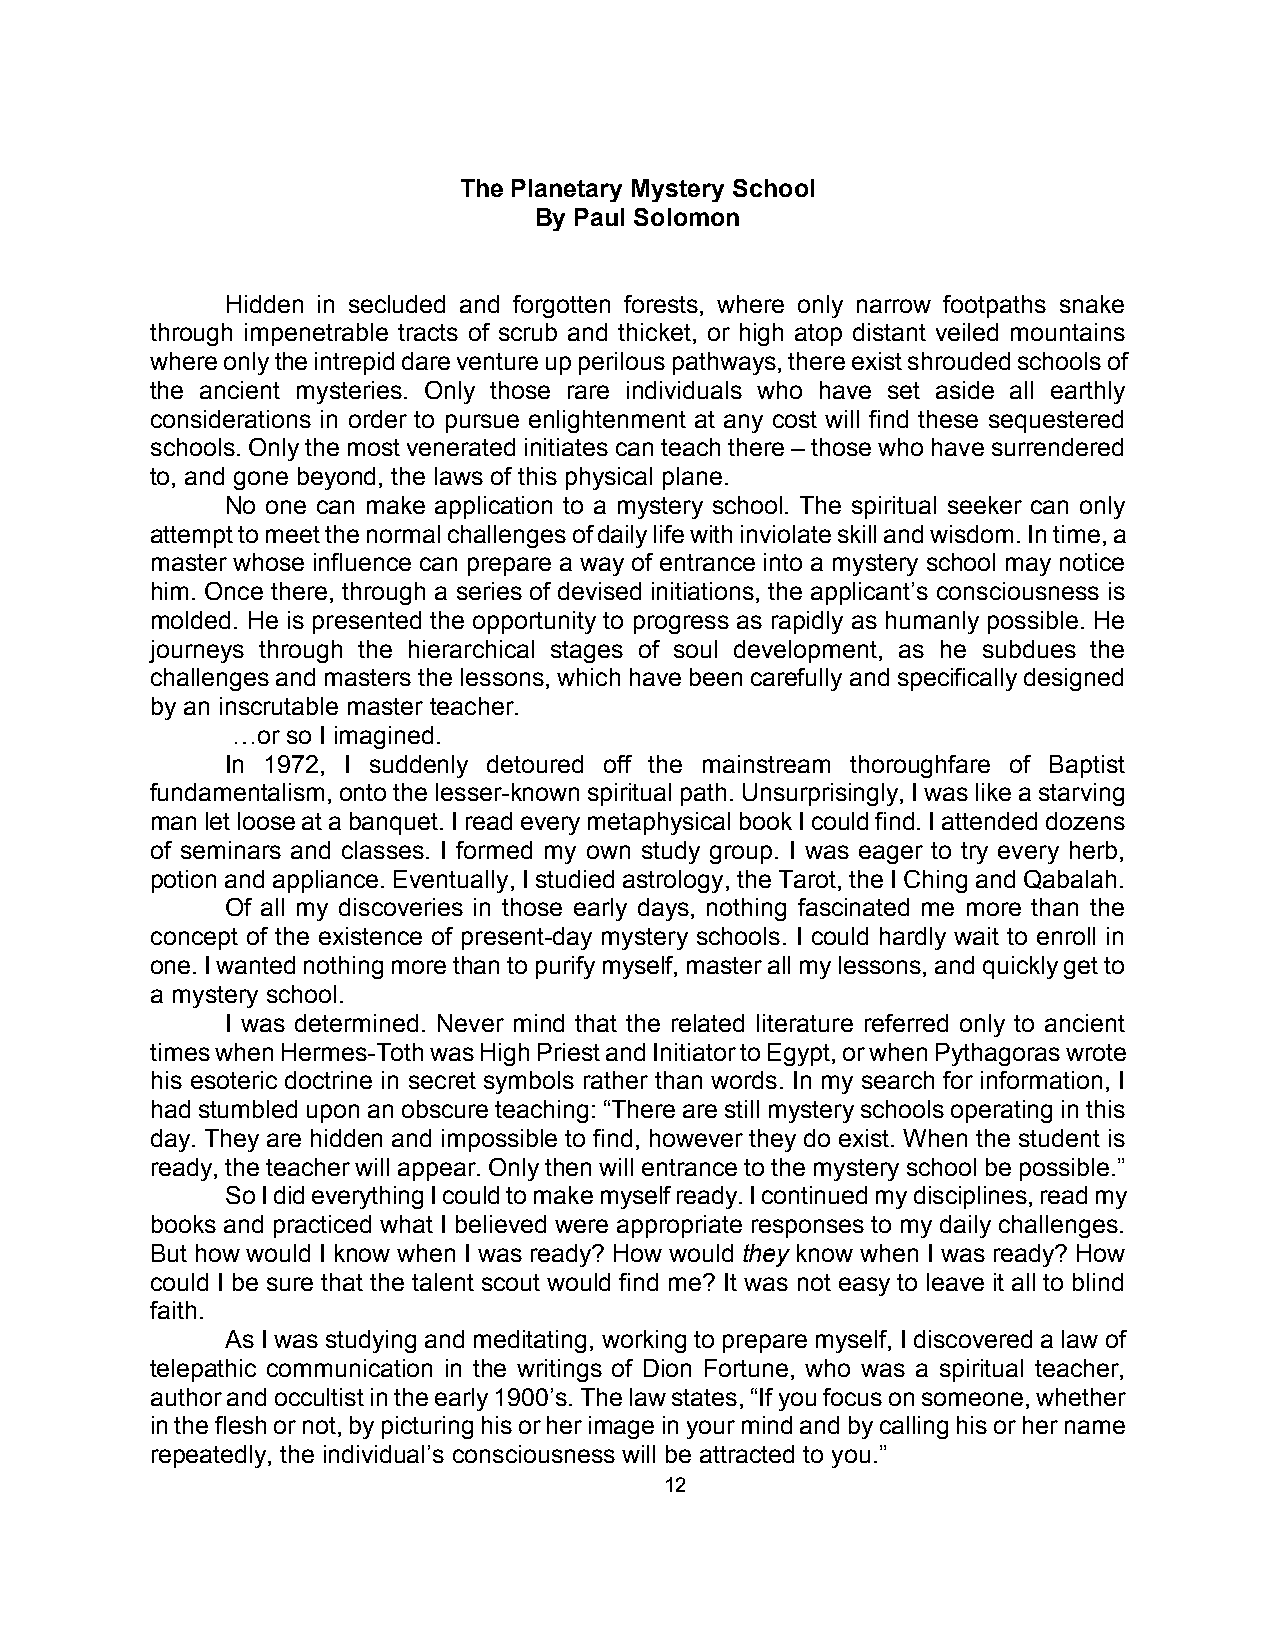
The Planetary Mystery School
 By Paul Solomon
 Hidden in secluded and forgotten forests, where only narrow footpaths snake
 through impenetrable tracts of scrub and thicket, or high atop distant veiled mountains
 where only the intrepid dare venture up perilous pathways, there exist shrouded schools of
 the ancient mysteries. Only those rare individuals who have set aside all earthly
 considerations in order to pursue enlightenment at any cost will find these sequestered
 schools. Only the most venerated initiates can teach there – those who have surrendered
 to, and gone beyond, the laws of this physical plane.
 No one can make application to a mystery school. The spiritual seeker can only
 attempt to meet the normal challenges of daily life with inviolate skill and wisdom. In time, a
 master whose influence can prepare a way of entrance into a mystery school may notice
 him. Once there, through a series of devised initiations, the applicant’s consciousness is
 molded. He is presented the opportunity to progress as rapidly as humanly possible. He
 journeys through the hierarchical stages of soul development, as he subdues the
 challenges and masters the lessons, which have been carefully and specifically designed
 by an inscrutable master teacher.
 …or so I imagined.
 In 1972, I suddenly detoured off the mainstream thoroughfare of Baptist
 fundamentalism, onto the lesser-known spiritual path. Unsurprisingly, I was like a starving
 man let loose at a banquet. I read every metaphysical book I could find. I attended dozens
 of seminars and classes. I formed my own study group. I was eager to try every herb,
 potion and appliance. Eventually, I studied astrology, the Tarot, the I Ching and Qabalah.
 Of all my discoveries in those early days, nothing fascinated me more than the
 concept of the existence of present-day mystery schools. I could hardly wait to enroll in
 one. I wanted nothing more than to purify myself, master all my lessons, and quickly get to
 a mystery school.
 I was determined. Never mind that the related literature referred only to ancient
 times when Hermes-Toth was High Priest and Initiator to Egypt, or when Pythagoras wrote
 his esoteric doctrine in secret symbols rather than words. In my search for information, I
 had stumbled upon an obscure teaching: “There are still mystery schools operating in this
 day. They are hidden and impossible to find, however they do exist. When the student is
 ready, the teacher will appear. Only then will entrance to the mystery school be possible.”
 So I did everything I could to make myself ready. I continued my disciplines, read my
 books and practiced what I believed were appropriate responses to my daily challenges.
 But how would I know when I was ready? How would they know when I was ready? How
 could I be sure that the talent scout would find me? It was not easy to leave it all to blind
 faith.
 As I was studying and meditating, working to prepare myself, I discovered a law of
 telepathic communication in the writings of Dion Fortune, who was a spiritual teacher,
 author and occultist in the early 1900’s. The law states, “If you focus on someone, whether
 in the flesh or not, by picturing his or her image in your mind and by calling his or her name
 repeatedly, the individual’s consciousness will be attracted to you.”
 12